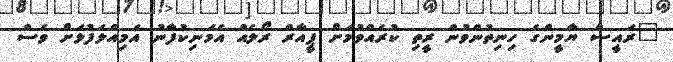
"ރައީސް ޔާމީންގެ ހިނިތުންވުން ރީތި ކުރެއްވުމަށް ޕީއާރް ރޯލެއް އެމަނިކުފާނު އަމިއްލަފުޅަށް ވެސް